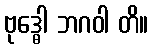
ဗုဒ္ဓေါ ဘဂဝါ တိ။